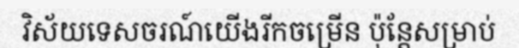
វិស័យទេសចរណ៍យើងរីកចម្រើន ប៉ុន្តែសម្រាប់